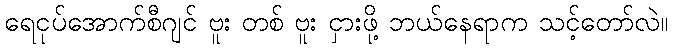
ရေငုပ်အောက်စီဂျင် ဗူး တစ် ဗူး ငှားဖို့ ဘယ်နေရာက သင့်တော်လဲ။